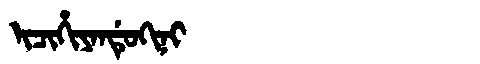
Manchu: ᡳᠴᡳᡥᡳᠶᠠᠨᡩᡠᡴᡳᠨᡳ
Romanization: ICIHIYANDUKINI